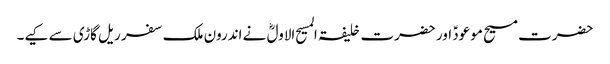
حضرت مسیح موعودؑ اور حضرت خلیفۃ المسیح الاولؓ نے اندرون ملک سفر ریل گاڑی سے کیے۔